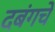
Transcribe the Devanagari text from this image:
दबंगचे